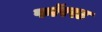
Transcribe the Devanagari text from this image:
फॉरस्ट